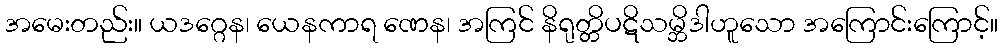
အမေးတည်း။ ယဒဂ္ဂေန၊ ယေနကာရ ဏေန၊ အကြင် နိရုတ္တိပဋိသမ္ဘိဒါဟူသော အကြောင်းကြောင့်။